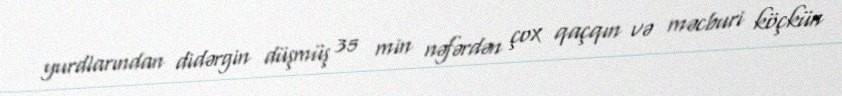
yurdlarından didərgin düşmüş 35 min nəfərdən çox qaçqın və məcburi köçkün